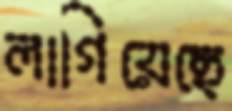
লাগিয়েছে